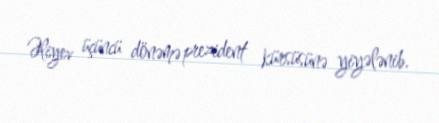
Əliyev üçüncü dönəmə prezident kürsüsünə yiyələnib.